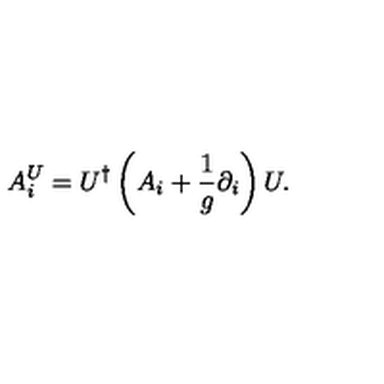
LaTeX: A _ { i } ^ { U } = U ^ { \dagger } \left( A _ { i } + \frac { 1 } { g } \partial _ { i } \right) U .